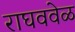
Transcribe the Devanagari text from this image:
राघववेळ